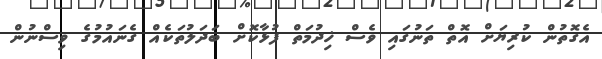
އެގޮތުން ކުރިޔަށް އޮތް ތަނުގައި ވެސް ޚިދުމަތް ފުޅާކޮށް ބަދަލުތަކެއް ގެނައުމުގެ ވިސްނުން